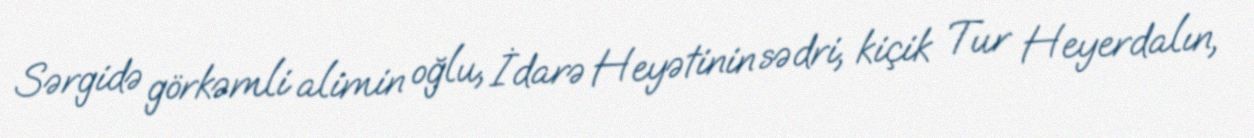
Sərgidə görkəmli alimin oğlu, İdarə Heyətinin sədri, kiçik Tur Heyerdalın,